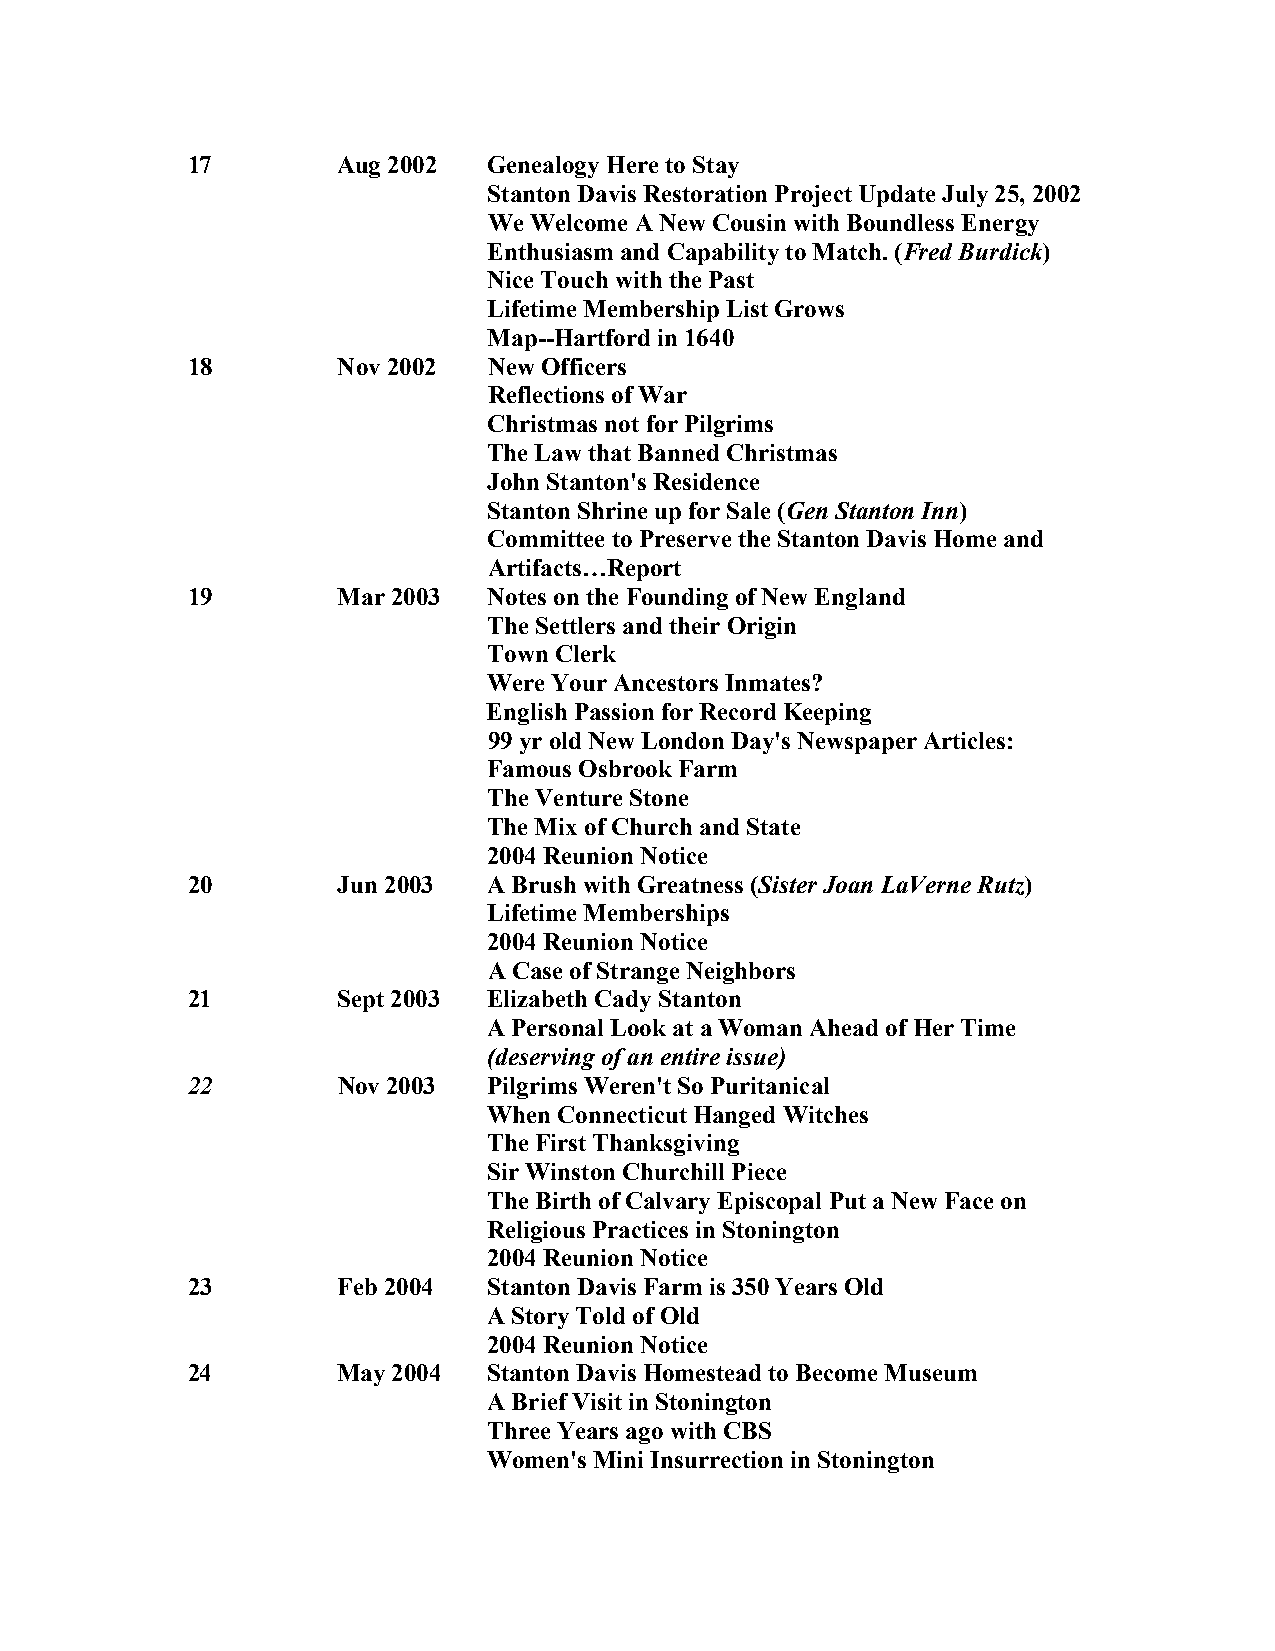
17        Aug 2002  Genealogy Here to Stay
 Stanton Davis Restoration Project Update July 25, 2002
 We Welcome A New Cousin with Boundless Energy
 Enthusiasm and Capability to Match. (Fred Burdick)
 Nice Touch with the Past
 Lifetime Membership List Grows
 Map--Hartford in 1640
 18        Nov 2002  New Officers
 Reflections of War
 Christmas not for Pilgrims
 The Law that Banned Christmas
 John Stanton's Residence
 Stanton Shrine up for Sale (Gen Stanton Inn)
 Committee to Preserve the Stanton Davis Home and
 Artifacts…Report
 19        Mar 2003  Notes on the Founding of New England
 The Settlers and their Origin
 Town Clerk
 Were Your Ancestors Inmates?
 English Passion for Record Keeping
 99 yr old New London Day's Newspaper Articles:
 Famous Osbrook Farm
 The Venture Stone
 The Mix of Church and State
 2004 Reunion Notice
 20        Jun 2003  A Brush with Greatness (Sister Joan LaVerne Rutz)
 Lifetime Memberships
 2004 Reunion Notice
 A Case of Strange Neighbors
 21        Sept 2003 Elizabeth Cady Stanton
 A Personal Look at a Woman Ahead of Her Time
 (deserving of an entire issue)
 22        Nov 2003  Pilgrims Weren't So Puritanical
 When Connecticut Hanged Witches
 The First Thanksgiving
 Sir Winston Churchill Piece
 The Birth of Calvary Episcopal Put a New Face on
 Religious Practices in Stonington
 2004 Reunion Notice
 23        Feb 2004  Stanton Davis Farm is 350 Years Old
 A Story Told of Old
 2004 Reunion Notice
 24        May 2004  Stanton Davis Homestead to Become Museum
 A Brief Visit in Stonington
 Three Years ago with CBS
 Women's Mini Insurrection in Stonington